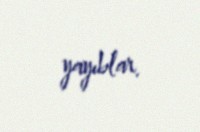
yayıblar.